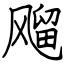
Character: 飗